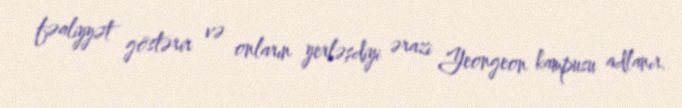
fəaliyyət göstərir və onların yerləşdiyi ərazi Yeongeon kampusu adlanır.